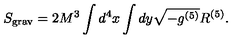
S _ { \mathrm { g r a v } } = 2 M ^ { 3 } \int d ^ { 4 } x \int d y \sqrt { - g ^ { ( 5 ) } } R ^ { ( 5 ) } .